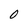
Character: O